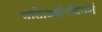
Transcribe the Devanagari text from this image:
भक्तिदर्शनविमर्श